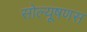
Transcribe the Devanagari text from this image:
सोल्यूषणस